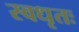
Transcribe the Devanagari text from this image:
स्वधृतः